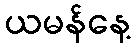
ယမန်နေ့